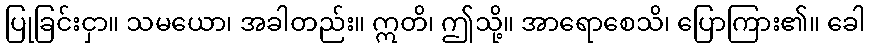
ပြုခြင်းငှာ။ သမယော၊ အခါတည်း။ ဣတိ၊ ဤသို့။ အာရောစေသိ၊ ပြောကြား၏။ ခေါ